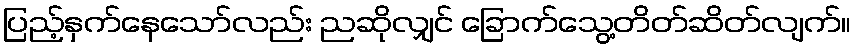
ပြည့်နှက်နေသော်လည်း ညဆိုလျှင် ခြောက်သွေ့တိတ်ဆိတ်လျက်။